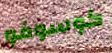
كوسوفو